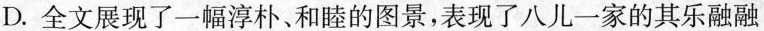
D.全文展现了一幅淳朴、和睦的图景，表现了八儿一家的其乐融融